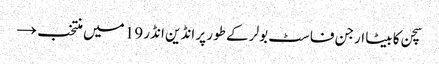
سچن کا بیٹا ارجن فاسٹ بولر کے طور پر انڈین انڈر 19 میں منتخب →